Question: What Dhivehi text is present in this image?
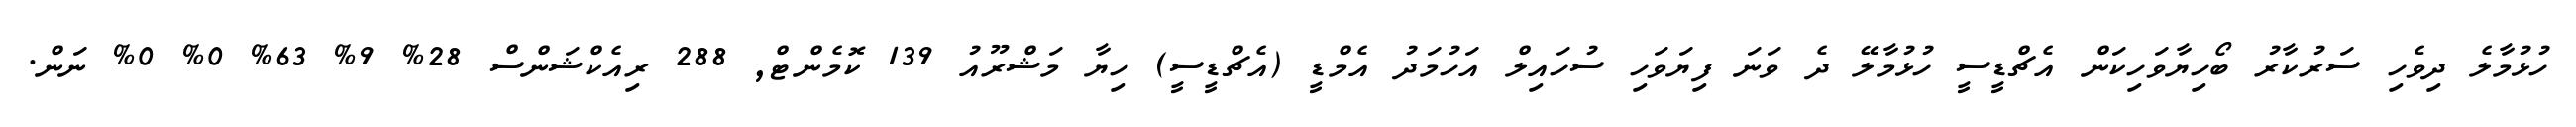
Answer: ހުޅުމާލެ ދިވެހި ސަރުކާރު ބޯހިޔާވަހިކަން އެޗްޑީސީ ހުޅުމާލޭ ދެ ވަނަ ފިޔަވަހި ސުހައިލް އަހުމަދު އެމްޑީ (އެޗްޑީސީ) ހިޔާ މަޝްރޫއު 139 ކޮމެންޓް, 288 ރިއެކްޝަންސް 28% 9% 63% 0% 0% ނަން.